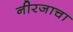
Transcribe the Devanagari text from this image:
नीरजाचा